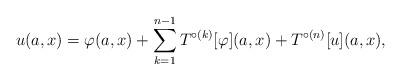
LaTeX: \begin{align*}u(a,x) = \varphi(a,x) + \sum_{k=1}^{n-1} T^{\circ(k)}[\varphi](a,x) + T^{\circ(n)}[u](a,x),\end{align*}